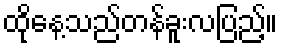
ထိုနေ့သည်တန်ခူးလပြည့်။